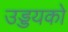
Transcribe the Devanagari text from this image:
उड्डयको